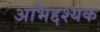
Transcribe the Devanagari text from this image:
अभिद्दश्यक